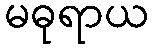
မဓုရာယ